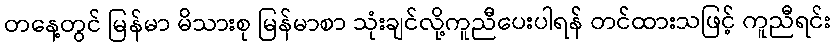
တနေ့တွင် မြန်မာ မိသားစု မြန်မာစာ သုံးချင်လို့ကူညီပေးပါရန် တင်ထားသဖြင့် ကူညီရင်း